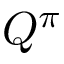
Q ^ { \pi }